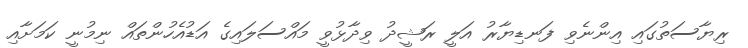
ރިޔާސަތުގައި އިންނެވި ފަނޑިޔާރު އަލީ ރަޝީދު ވިދާޅުވީ މައްސަލައިގެ އަޑުއެހުންތައް ނިމުނީ ކަމަށާއި